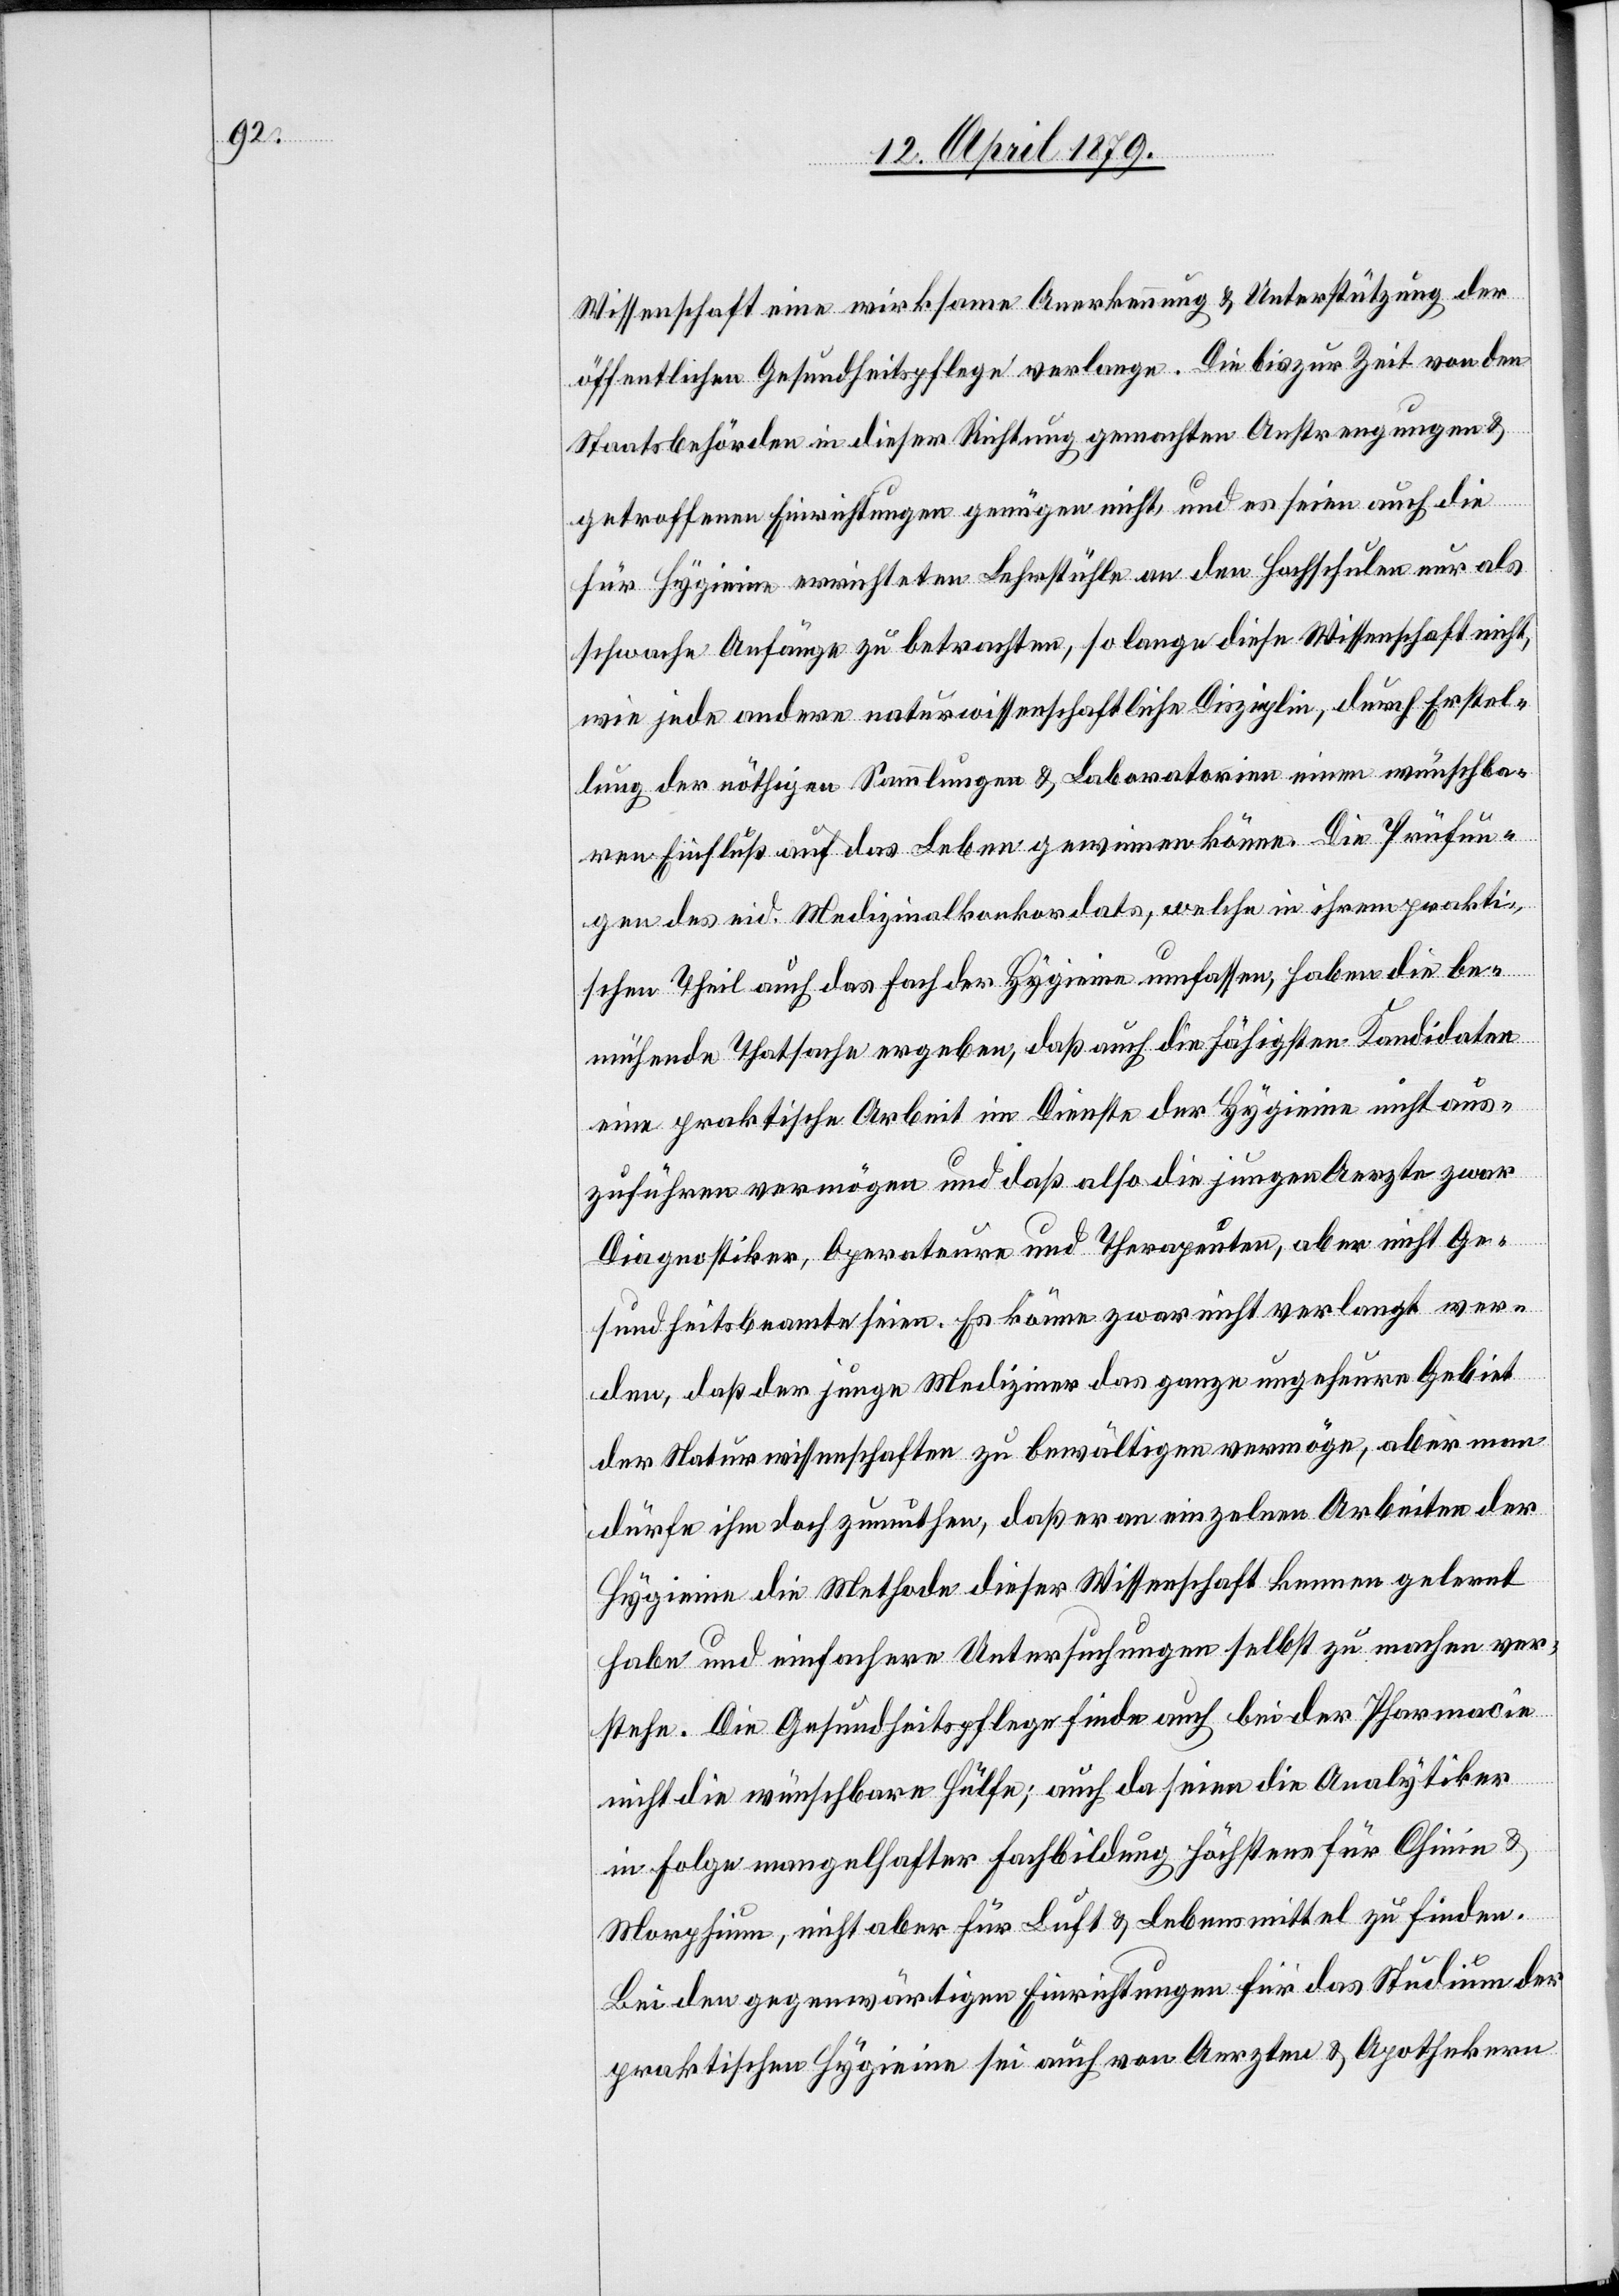
Wissenschaft eine wirksame Anerkennung & Unterstützung der
öffentlichen Gesundheitspflege verlange. Die bis zur Zeit von den
Staatsbehörden in dieser Richtung gemachten Anstrengungen &
getroffenen Einrichtungen genügen nicht, und es seien auch die
für Hygieine errichteten Lehrstühle an den Hochschulen nur als
schwache Anfänge zu betrachten, so lange diese Wissenschaft nicht,
wie jede andere naturwissenschaftliche Disziplin, durch Erstel¬
lung der nöthigen Sammlungen & Laboratorien einen wünschba¬
ren Einfluß auf das Leben gewinnen könne. Die Prüfun¬
gen des eid. Medizinalkonkordats, welche in ihrem prakti¬
schen Theil auch das Fach der Hygieine umfassen, haben die be¬
mühende Thatsache ergeben, daß auch die fähigsten Kandidaten
eine praktische Arbeit im Dienste der Hygieine nicht aus¬
zuführen vermögen und daß also die jungen Aerzte zwar
Diagnostiker, Operateure und Therapeuten, aber nicht Ge¬
sundheitsbeamte seien. Es könne zwar nicht verlangt wer¬
den, daß der junge Mediziner das ganze ungeheure Gebiet
der Naturwissenschaften zu bewältigen vermöge, aber man
dürfe ihm doch zumuthen, daß er an einzelnen Arbeiten der
Hygieine die Methode dieser Wissenschaft kennen gelernt
habe und einfachere Untersuchungen selbst zu machen ver¬
stehe. Die Gesundheitspflege finde auch bei der Pharmacie
nicht die wünschbare Hülfe; auch da seien die Analytiker
in Folge mangelhafter Fachbildung höchstens für Chinin &
Morphium, nicht aber für Luft & Lebensmittel zu finden.
Bei den gegenwärtigen Einrichtungen für das Studium der
praktischen Hygieine sei auch von Aerzten & Apothekern